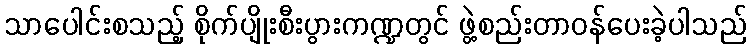
သာပေါင်းစသည့် စိုက်ပျိုးစီးပွားကဏ္ဍတွင် ဖွဲ့စည်းတာဝန်ပေးခဲ့ပါသည်